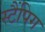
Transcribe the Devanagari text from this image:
स्टैंपिग